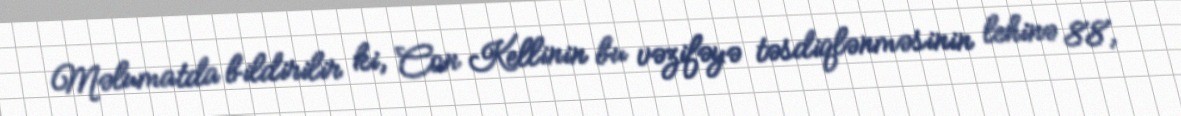
Məlumatda bildirilir ki, Con Kellinin bu vəzifəyə təsdiqlənməsinin lehinə 88,